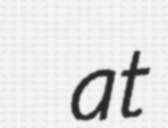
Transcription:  at